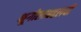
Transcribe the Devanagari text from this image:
भूगोलाबद्दलची